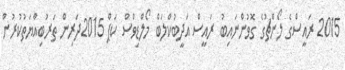
2015 ރައީސްގެ ލޯންޗުގެ ގޮވުންނައިބު ރައީސް އަދީބުކްލަބް މޯލްޑިވްސް ކަޕް 2015ދަރިން ތަރުބިއްޔަތުކުރުން